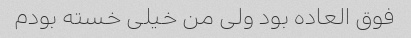
فوق العاده بود ولی من خیلی خسته بودم